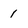
Character: 1